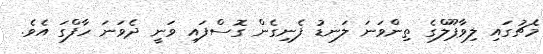
މެޗުގައި ލިވާޕޫލްގެ ތިންވަނަ ލަނޑު ފެނިގެން ގޮސްފައި ވަނީ ދެވަނަ ހާފްގަ އެވެ.